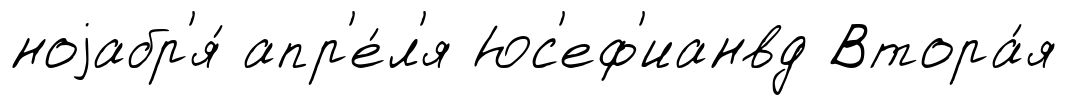
ноjабр'я́ апр'е́л'я Юс'еф'ианвд Втора́я